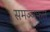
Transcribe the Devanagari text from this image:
समञ्ञफल